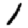
Digit: 1